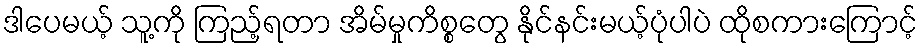
ဒါပေမယ့် သူ့ကို ကြည့်ရတာ အိမ်မှုကိစ္စတွေ နိုင်နင်းမယ့်ပုံပါပဲ ထိုစကားကြောင့်